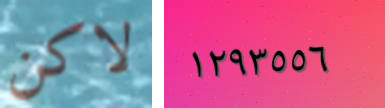
لاكن ١٢٩٣٥٥٦